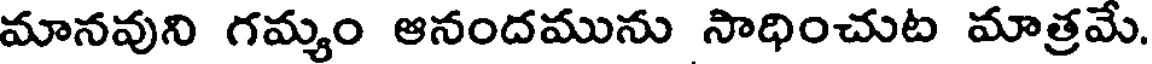
మానవుని గమ్యం ఆనందమును సాధించుట మాత్రమే